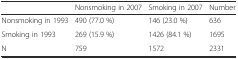
|  | Nonsmoking in 2007 | Smoking in 2007 | Number |
 | --- | --- | --- | --- |
 | Nonsmoking in 1993 | 490 (77.0 %) | 146 (23.0 %) | 636 |
 | Smoking in 1993 | 269 (15.9 %) | 1426 (84.1 %) | 1695 |
 | N | 759 | 1572 | 2331 |